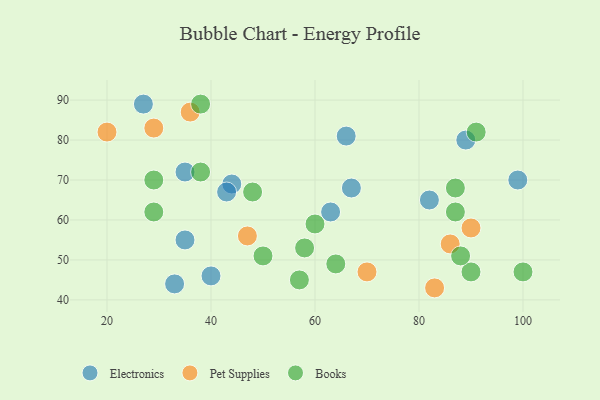
{"axis": {"x": "GDP", "y": "Life Expectancy"}, "legend": ["Books", "Electronics", "Pet Supplies"], "data": [{"x": "82", "y": 65, "type": "Electronics"}, {"x": "35", "y": 72, "type": "Electronics"}, {"x": "99", "y": 70, "type": "Electronics"}, {"x": "67", "y": 68, "type": "Electronics"}, {"x": "35", "y": 55, "type": "Electronics"}, {"x": "44", "y": 69, "type": "Electronics"}, {"x": "27", "y": 89, "type": "Electronics"}, {"x": "89", "y": 80, "type": "Electronics"}, {"x": "33", "y": 44, "type": "Electronics"}, {"x": "40", "y": 46, "type": "Electronics"}, {"x": "43", "y": 67, "type": "Electronics"}, {"x": "63", "y": 62, "type": "Electronics"}, {"x": "66", "y": 81, "type": "Electronics"}, {"x": "29", "y": 83, "type": "Pet Supplies"}, {"x": "90", "y": 58, "type": "Pet Supplies"}, {"x": "20", "y": 82, "type": "Pet Supplies"}, {"x": "70", "y": 47, "type": "Pet Supplies"}, {"x": "86", "y": 54, "type": "Pet Supplies"}, {"x": "83", "y": 43, "type": "Pet Supplies"}, {"x": "36", "y": 87, "type": "Pet Supplies"}, {"x": "47", "y": 56, "type": "Pet Supplies"}, {"x": "60", "y": 59, "type": "Books"}, {"x": "29", "y": 62, "type": "Books"}, {"x": "91", "y": 82, "type": "Books"}, {"x": "100", "y": 47, "type": "Books"}, {"x": "64", "y": 49, "type": "Books"}, {"x": "29", "y": 70, "type": "Books"}, {"x": "90", "y": 47, "type": "Books"}, {"x": "38", "y": 72, "type": "Books"}, {"x": "57", "y": 45, "type": "Books"}, {"x": "87", "y": 68, "type": "Books"}, {"x": "87", "y": 62, "type": "Books"}, {"x": "38", "y": 89, "type": "Books"}, {"x": "88", "y": 51, "type": "Books"}, {"x": "58", "y": 53, "type": "Books"}, {"x": "48", "y": 67, "type": "Books"}, {"x": "50", "y": 51, "type": "Books"}]}